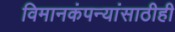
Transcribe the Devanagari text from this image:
विमानकंपन्यांसाठीही